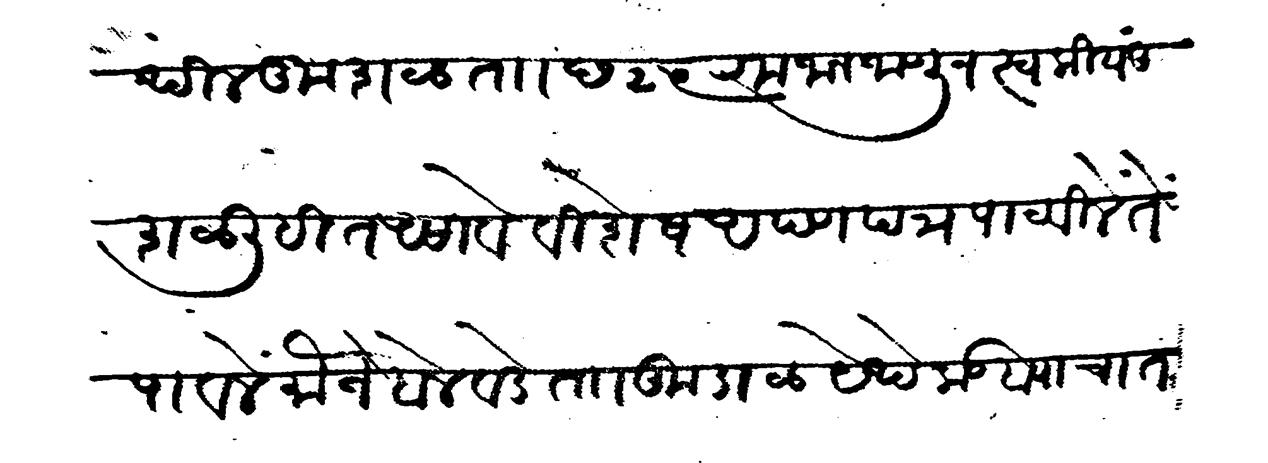
Transliteration (Devanagari): येथील कुशळ ता छ २५ रमजान जाणून स्वकीय कुशळ लिहित असावे विशेष अपण पत्र पाटविलें तें पावलें मौजे बेलवडे ता कुडाळ येथे कडब्याचा तगादा